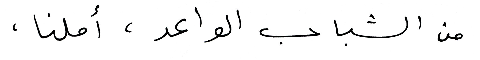
من الشباب الواعد ، أملنا ،